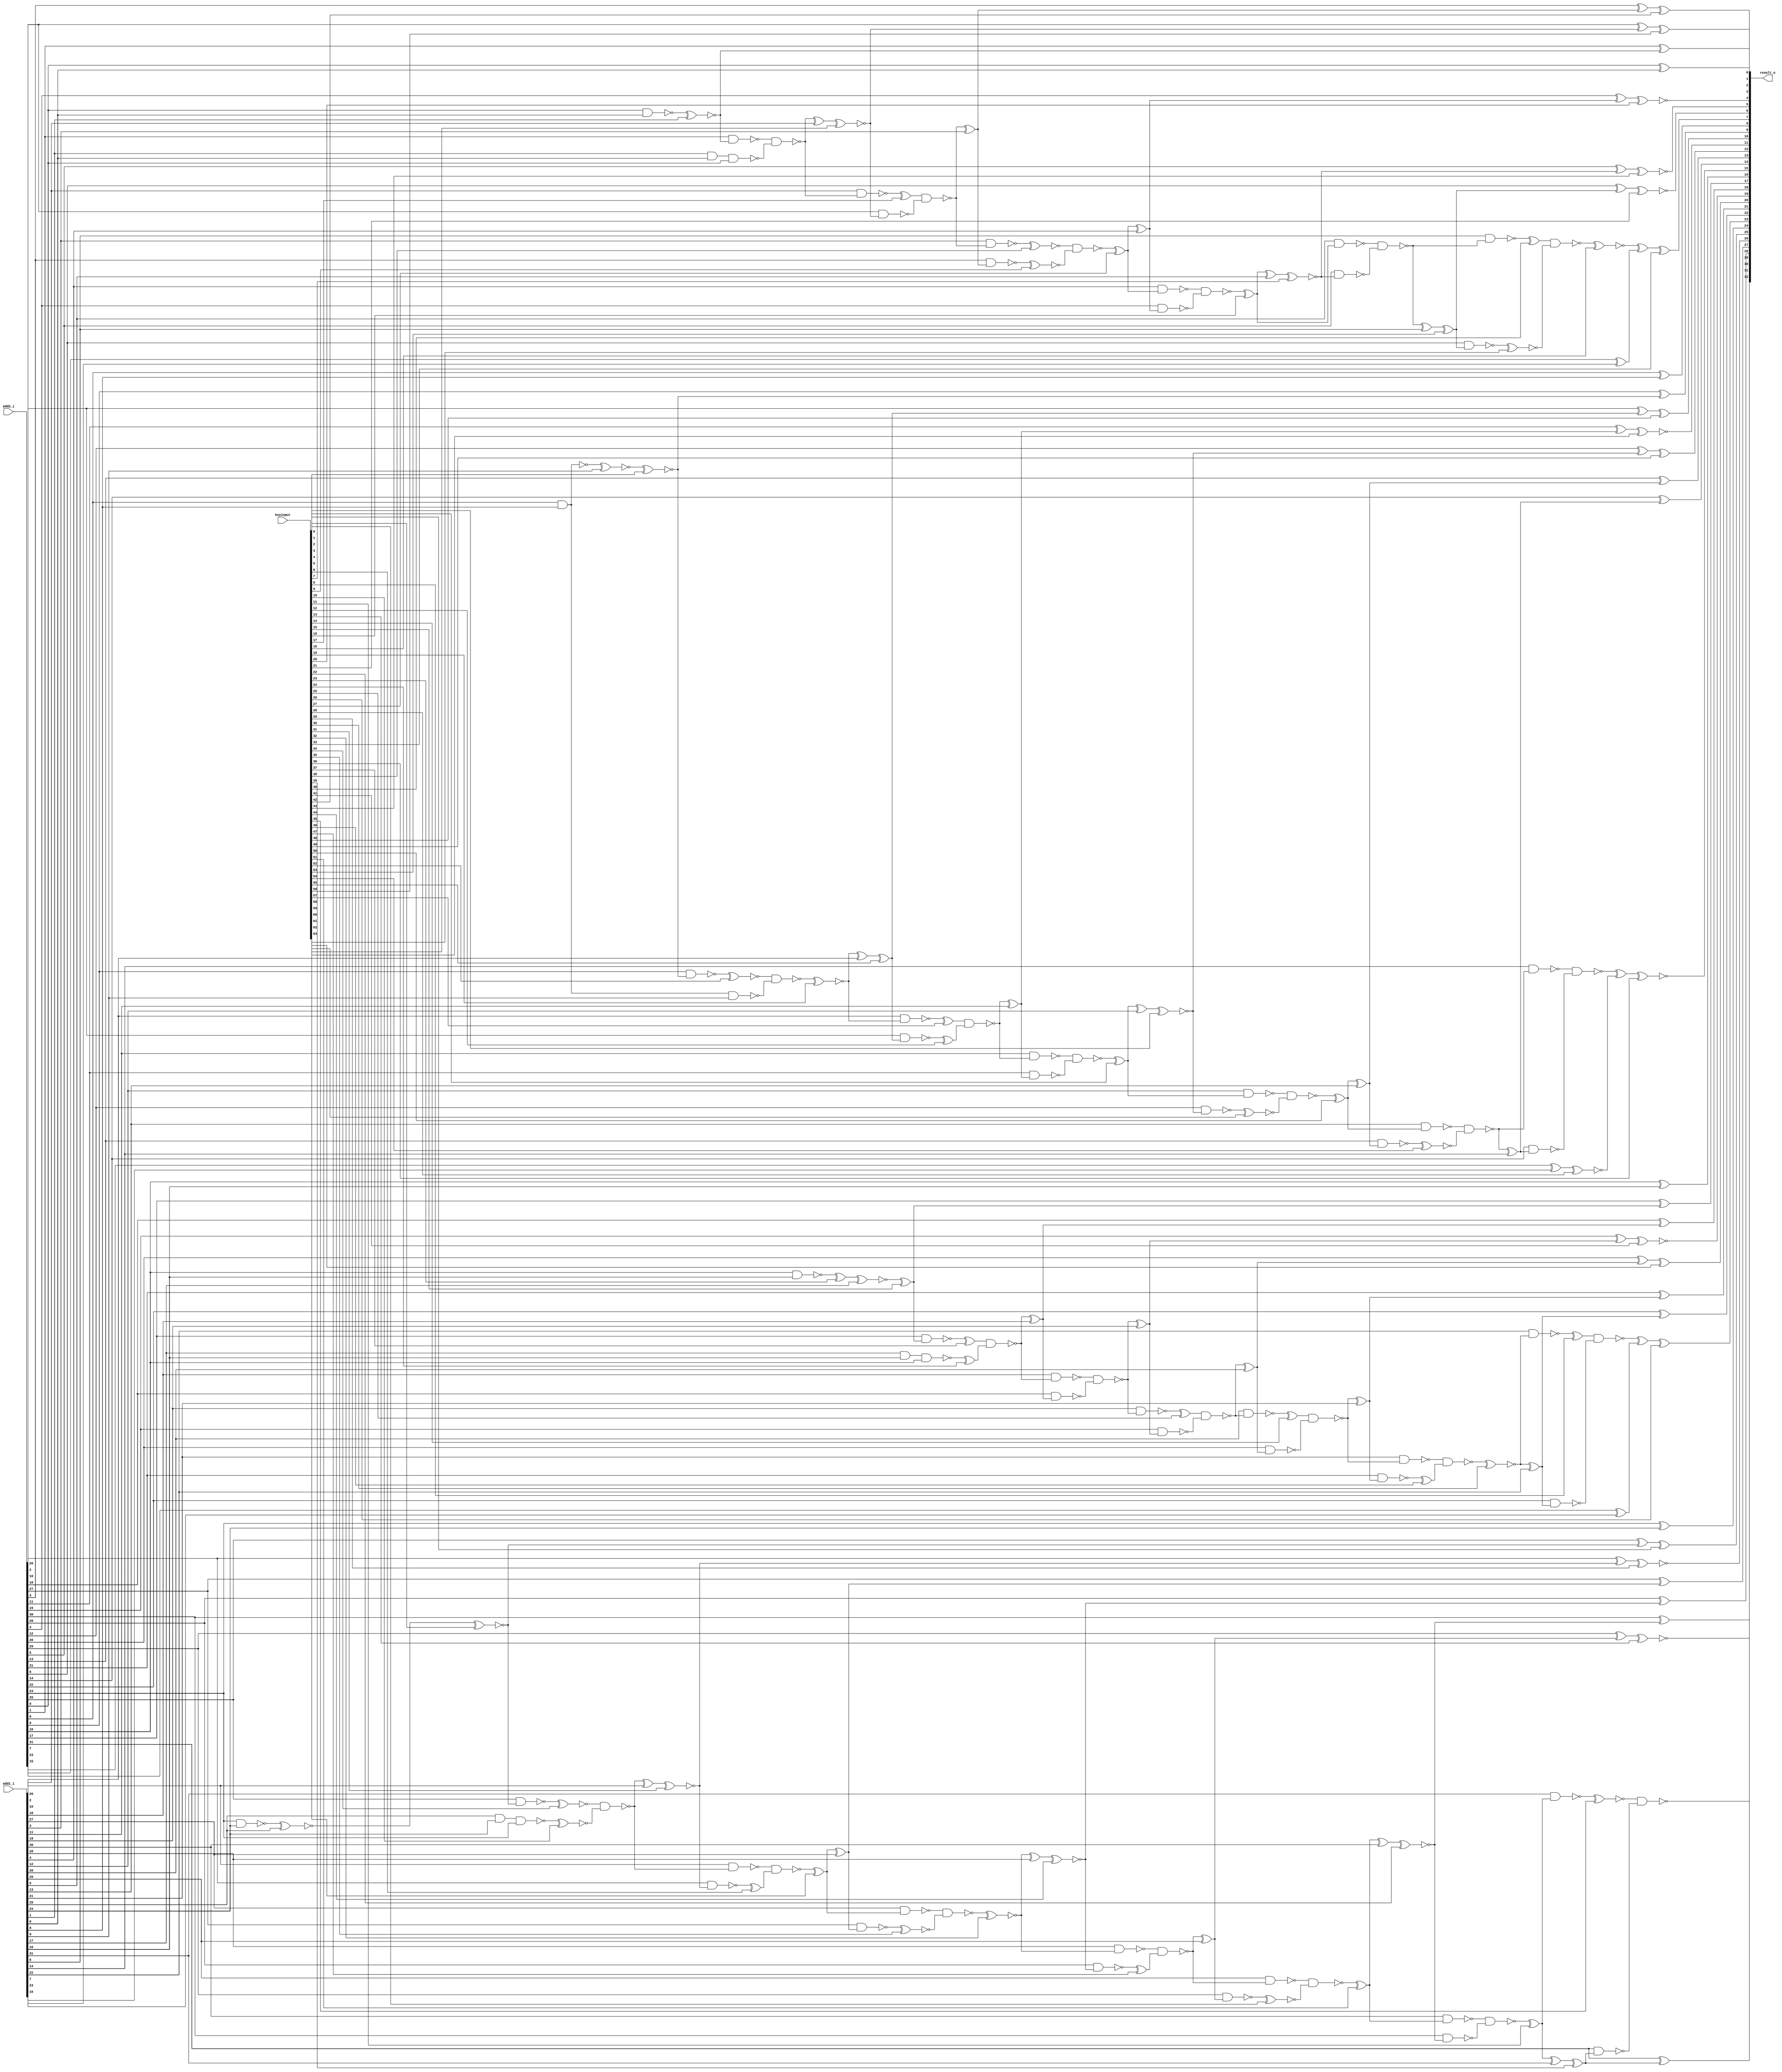
// Verilog File 
module equal_seegmentation_adder32_xor_enc64(add1_i,add2_i,keyinput,result_o);

input [31:0] add1_i, add2_i;
input [63:0] keyinput;


output [32:0] result_o;

wire xenc0, xenc18, n78, xenc33, xenc53, xenc21, n82, n81, xenc7, 
xenc43, xenc16, n85, n89, xenc20, xenc27, n93, xenc42, n94, xenc39, 
xenc11, n101, xenc22, xenc51, n105, xenc60, xenc56, n98, n97, n109, 
xenc13, n110, xenc44, xenc32, n116, n120, xenc59, xenc31, xenc29, n125, 
n124, xenc3, xenc5, n130, n131, xenc26, n134, xenc30, n138, n139, 
n142, xenc62, n143, n113, n146, xenc41, n147, n151, n152, xenc15, 
n157, xenc28, xenc36, n158, n161, n162, n165, xenc50, xenc2, xenc49, 
xenc4, n169, n173, xenc58, n174, xenc55, xenc48, xenc19, n177, n129, 
n128, n148, n181, n76, xenc23, n155, n156, xenc40, xenc63, n77, 
n79, n159, n160, xenc8, n133, n132, n122, xenc6, n121, n123, 
xenc17, n96, n95, xenc57, xenc12, n175, n176, n149, n150, n118, 
xenc35, n117, n119, xenc38, xenc9, n90, n91, n92, n171, n172, 
n170, xenc25, n145, n144, n103, n104, n102, n114, xenc47, n115, 
n87, n88, n86, n167, xenc61, n166, n168, xenc14, n141, n140, 
n107, xenc1, n106, n108, n83, n84, n163, xenc54, n164, n136, 
xenc46, n135, n137, n80, xenc34, xenc10, n127, n126, n111, n112, 
xenc52, n180, n178, n179, xenc37, xenc24, n154, n153, xenc45, n100, 
n99;

xor g0(result_o[9], add2_i[9], xenc0);
xor g1(result_o[8], add2_i[8], add1_i[8]);
xor g2(xenc33, xenc18, n78);
xor g3(n78, add2_i[7], add1_i[7]);
xor g4(xenc21, add2_i[6], xenc53);
xor g5(n81, n82, add1_i[6]);
xor g6(xenc43, add2_i[5], xenc7);
xor g7(n85, xenc16, add1_i[5]);
xor g8(xenc20, add2_i[4], n89);
xor g9(n89, xenc27, add1_i[4]);
xor g10(xenc42, add2_i[3], n93);
xor g11(n93, n94, add1_i[3]);
xor g12(result_o[31], add2_i[31], xenc39);
xor g13(n101, xenc11, add1_i[31]);
xor g14(result_o[30], add2_i[30], xenc22);
xor g15(n105, xenc51, add1_i[30]);
xor g16(xenc56, add2_i[2], xenc60);
xor g17(n97, n98, add1_i[2]);
xor g18(xenc13, add2_i[29], n109);
xor g19(n109, n110, add1_i[29]);
xor g20(result_o[28], add2_i[28], xenc44);
xor g21(n116, xenc32, add1_i[28]);
xor g22(result_o[27], add2_i[27], n120);
xor g23(n120, xenc59, add1_i[27]);
xor g24(xenc29, add2_i[26], xenc31);
xor g25(n124, n125, add1_i[26]);
xor g26(xenc5, add2_i[25], xenc3);
xor g27(result_o[24], add2_i[24], add1_i[24]);
xor g28(xenc26, n130, n131);
xor g29(n131, add2_i[23], add1_i[23]);
xor g30(result_o[22], add2_i[22], n134);
xor g31(n134, xenc30, add1_i[22]);
xor g32(result_o[21], add2_i[21], n138);
xor g33(n138, n139, add1_i[21]);
xor g34(xenc62, add2_i[20], n142);
xor g35(n142, n143, add1_i[20]);
xor g36(result_o[1], add2_i[1], n113);
xor g37(xenc41, add2_i[19], n146);
xor g38(n146, n147, add1_i[19]);
xor g39(result_o[18], add2_i[18], n151);
xor g40(n151, n152, add1_i[18]);
xor g41(result_o[17], add2_i[17], xenc15);
xor g42(result_o[16], add2_i[16], add1_i[16]);
xor g43(xenc36, n157, xenc28);
xor g44(n158, add2_i[15], add1_i[15]);
xor g45(result_o[14], add2_i[14], n161);
xor g46(n161, n162, add1_i[14]);
xor g47(result_o[13], add2_i[13], n165);
xor g48(n165, xenc50, add1_i[13]);
xor g49(xenc49, add2_i[12], xenc2);
xor g50(n169, xenc4, add1_i[12]);
xor g51(xenc58, add2_i[11], n173);
xor g52(n173, n174, add1_i[11]);
xor g53(xenc48, add2_i[10], xenc55);
xor g54(n177, xenc19, add1_i[10]);
xor g55(result_o[0], add2_i[0], add1_i[0]);
xnor g56(n128, n129, add1_i[25]);
nand g57(n129, add2_i[24], add1_i[24]);
xnor g58(n113, n148, add1_i[1]);
nand g59(n148, add2_i[0], add1_i[0]);
xnor g60(n76, n181, add1_i[9]);
nand g61(n181, add2_i[8], add1_i[8]);
xnor g62(n155, xenc23, add1_i[17]);
nand g63(n156, add2_i[16], add1_i[16]);
nand g64(n77, xenc40, xenc63);
nand g65(n79, add1_i[6], n82);
nand g66(n157, n159, n160);
nand g67(n159, add1_i[14], n162);
nand g68(n130, xenc8, n133);
nand g69(n132, add1_i[22], xenc30);
nand g70(n121, n122, xenc6);
nand g71(n122, add1_i[26], n125);
nand g72(n123, add2_i[26], xenc31);
nand g73(n94, xenc17, n96);
nand g74(n95, add1_i[2], n98);
nand g75(n96, add2_i[2], xenc60);
nand g76(n174, xenc57, xenc12);
nand g77(n175, add1_i[10], xenc19);
nand g78(n176, add2_i[10], xenc55);
nand g79(n147, n149, n150);
nand g80(n149, add1_i[18], n152);
nand g81(n150, add2_i[18], n151);
nand g82(n117, n118, xenc35);
nand g83(n118, add1_i[27], xenc59);
nand g84(n119, add2_i[27], n120);
nand g85(n90, xenc38, xenc9);
nand g86(n91, add1_i[3], n94);
nand g87(n92, add2_i[3], n93);
nand g88(n170, n171, n172);
nand g89(n171, add1_i[11], n174);
nand g90(n172, add2_i[11], n173);
nand g91(n143, xenc25, n145);
nand g92(n144, add1_i[19], n147);
nand g93(n145, add2_i[19], n146);
nand g94(n102, n103, n104);
nand g95(n103, add1_i[30], xenc51);
nand g96(n104, add2_i[30], xenc22);
nand g97(n110, n114, xenc47);
nand g98(n114, add1_i[28], xenc32);
nand g99(n115, add2_i[28], xenc44);
nand g100(n86, n87, n88);
nand g101(n87, add1_i[4], xenc27);
nand g102(n88, add2_i[4], n89);
nand g103(n166, n167, xenc61);
nand g104(n167, add1_i[12], xenc4);
nand g105(n168, add2_i[12], xenc2);
nand g106(n139, xenc14, n141);
nand g107(n140, add1_i[20], n143);
nand g108(n141, add2_i[20], n142);
nand g109(n106, n107, xenc1);
nand g110(n107, add1_i[29], n110);
nand g111(n108, add2_i[29], n109);
nand g112(n82, n83, n84);
nand g113(n83, add1_i[5], xenc16);
nand g114(n84, add2_i[5], xenc7);
nand g115(n162, n163, xenc54);
nand g116(n163, add1_i[13], xenc50);
nand g117(n164, add2_i[13], n165);
nand g118(n135, n136, xenc46);
nand g119(n136, add1_i[21], n139);
nand g120(n137, add2_i[21], n138);
nand g121(n80, add2_i[6], xenc53);
nand g122(n160, add2_i[14], n161);
nand g123(n133, add2_i[22], n134);
nand g124(n125, xenc34, xenc10);
nand g125(n127, add1_i[25], add1_i[24], add2_i[24]);
nand g126(n126, add2_i[25], xenc3);
nand g127(n98, n111, n112);
nand g128(n112, add1_i[1], add1_i[0], add2_i[0]);
nand g129(n111, add2_i[1], n113);
nand g130(n178, xenc52, n180);
nand g131(n180, add2_i[8], add1_i[8], add1_i[9]);
nand g132(n179, add2_i[9], xenc0);
nand g133(n152, xenc37, xenc24);
nand g134(n154, add1_i[17], add1_i[16], add2_i[16]);
nand g135(n153, add2_i[17], xenc15);
nand g136(result_o[32], xenc45, n100);
nand g137(n99, add1_i[31], xenc11);
nand g138(n100, add2_i[31], xenc39);
xnor g139(xenc0, n76, keyinput[0]);
xnor g140(xenc1, n108, keyinput[1]);
xnor g141(xenc2, n169, keyinput[2]);
xnor g142(xenc3, n128, keyinput[3]);
xor g143(xenc4, n170, keyinput[4]);
xor g144(result_o[25], xenc5, keyinput[5]);
xor g145(xenc6, n123, keyinput[6]);
xnor g146(xenc7, n85, keyinput[7]);
xor g147(xenc8, n132, keyinput[8]);
xnor g148(xenc9, n92, keyinput[9]);
xnor g149(xenc10, n127, keyinput[10]);
xor g150(xenc11, n102, keyinput[11]);
xor g151(xenc12, n176, keyinput[12]);
xnor g152(result_o[29], xenc13, keyinput[13]);
xor g153(xenc14, n140, keyinput[14]);
xor g154(xenc15, n155, keyinput[15]);
xor g155(xenc16, n86, keyinput[16]);
xor g156(xenc17, n95, keyinput[17]);
xnor g157(xenc18, n77, keyinput[18]);
xnor g158(xenc19, n178, keyinput[19]);
xnor g159(result_o[4], xenc20, keyinput[20]);
xnor g160(result_o[6], xenc21, keyinput[21]);
xnor g161(xenc22, n105, keyinput[22]);
xor g162(xenc23, n156, keyinput[23]);
xor g163(xenc24, n154, keyinput[24]);
xor g164(xenc25, n144, keyinput[25]);
xor g165(result_o[23], xenc26, keyinput[26]);
xor g166(xenc27, n90, keyinput[27]);
xnor g167(xenc28, n158, keyinput[28]);
xnor g168(result_o[26], xenc29, keyinput[29]);
xnor g169(xenc30, n135, keyinput[30]);
xnor g170(xenc31, n124, keyinput[31]);
xnor g171(xenc32, n117, keyinput[32]);
xor g172(result_o[7], xenc33, keyinput[33]);
xnor g173(xenc34, n126, keyinput[34]);
xnor g174(xenc35, n119, keyinput[35]);
xnor g175(result_o[15], xenc36, keyinput[36]);
xor g176(xenc37, n153, keyinput[37]);
xnor g177(xenc38, n91, keyinput[38]);
xor g178(xenc39, n101, keyinput[39]);
xor g179(xenc40, n79, keyinput[40]);
xnor g180(result_o[19], xenc41, keyinput[41]);
xor g181(result_o[3], xenc42, keyinput[42]);
xnor g182(result_o[5], xenc43, keyinput[43]);
xnor g183(xenc44, n116, keyinput[44]);
xnor g184(xenc45, n99, keyinput[45]);
xor g185(xenc46, n137, keyinput[46]);
xor g186(xenc47, n115, keyinput[47]);
xor g187(result_o[10], xenc48, keyinput[48]);
xor g188(result_o[12], xenc49, keyinput[49]);
xor g189(xenc50, n166, keyinput[50]);
xor g190(xenc51, n106, keyinput[51]);
xnor g191(xenc52, n179, keyinput[52]);
xor g192(xenc53, n81, keyinput[53]);
xnor g193(xenc54, n164, keyinput[54]);
xor g194(xenc55, n177, keyinput[55]);
xor g195(result_o[2], xenc56, keyinput[56]);
xor g196(xenc57, n175, keyinput[57]);
xnor g197(result_o[11], xenc58, keyinput[58]);
xor g198(xenc59, n121, keyinput[59]);
xnor g199(xenc60, n97, keyinput[60]);
xnor g200(xenc61, n168, keyinput[61]);
xor g201(result_o[20], xenc62, keyinput[62]);
xnor g202(xenc63, n80, keyinput[63]);
endmodule